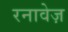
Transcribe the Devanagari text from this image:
रनावेज़